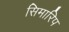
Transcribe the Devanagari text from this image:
सिमारिप